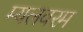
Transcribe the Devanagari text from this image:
म्यलवरम